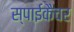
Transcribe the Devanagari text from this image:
स्पाईकैचर